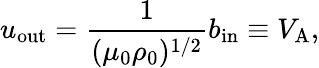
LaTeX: u_{\mathrm{{out}}}=\frac{1}{(\mu_{0}\rho_{0})^{1/2}}b_{\mathrm{{in}}}\equiv V_{\mathrm{{A}}},